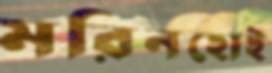
মরিনহোই